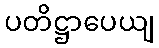
ပတိဋ္ဌာပေယျ